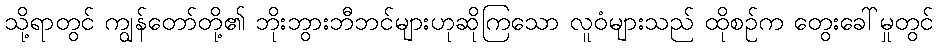
သို့ရာတွင် ကျွန်တော်တို့၏ ဘိုးဘွားဘီဘင်များဟုဆိုကြသော လူဝံများသည် ထိုစဉ်က တွေးခေါ်မှုတွင်